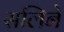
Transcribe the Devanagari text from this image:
सलिने